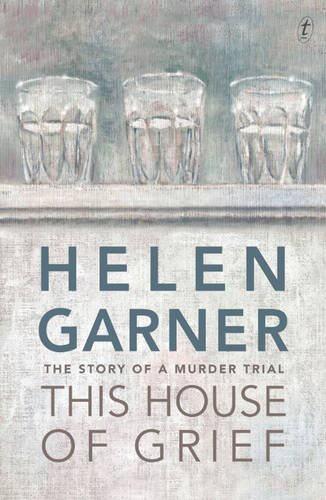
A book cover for This House of Grief: The Story of a Murder Trial; Helen Garner; Medical Books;